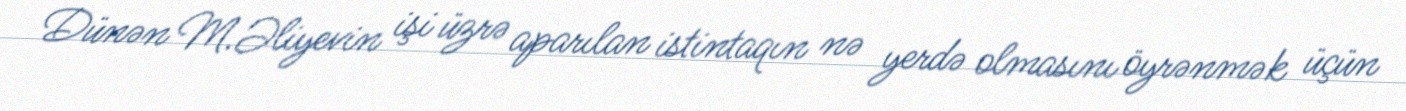
Dünən M.Əliyevin işi üzrə aparılan istintaqın nə yerdə olmasını öyrənmək üçün